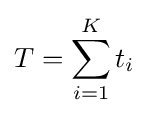
T=\sum _{i=1}^{K}t_{i}